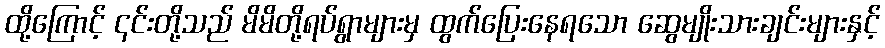
ထို့ကြောင့် ၎င်းတို့သည် မိမိတို့ရပ်ရွာများမှ ထွက်ပြေးနေရသော ဆွေမျိုးသားချင်းများနှင့်